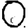
Digit: 0